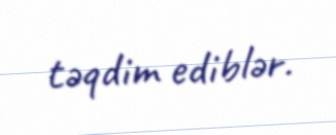
təqdim ediblər.